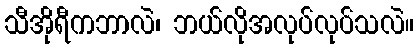
သီအိုရီကဘာလဲ၊ ဘယ်လိုအလုပ်လုပ်သလဲ။